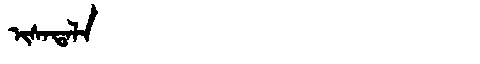
Manchu: ᡳᠰᠠᡨᠠᠯᠠ
Romanization: ISATALA